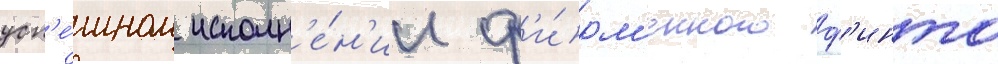
усп'е́шном исполн'е́н'ии ф'и́рм'енного ф'инта